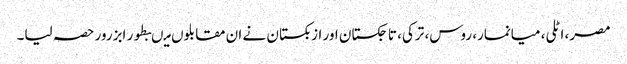
مصر، اٹلی، میانمار، روس، ترکی، تاجکستان اور ازبکستان نے ان مقابلوں میںبطور ابزرور حصہ لیا۔